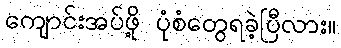
ကျောင်းအပ်ဖို့ ပုံစံတွေရခဲ့ပြီလား။